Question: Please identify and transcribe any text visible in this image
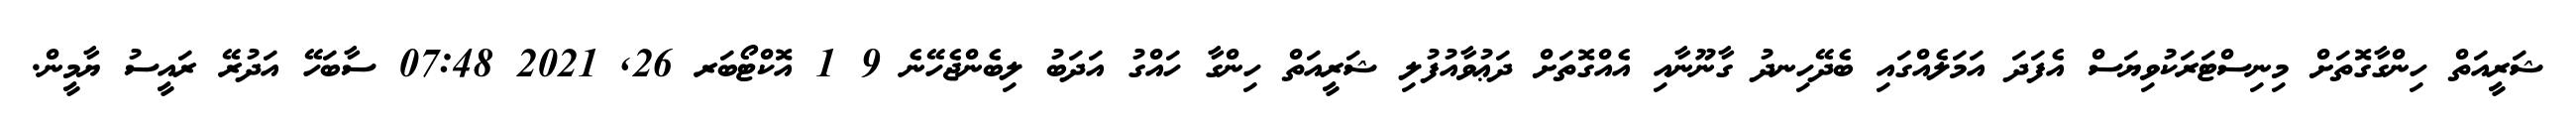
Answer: ޝަރީއަތް ހިންގާގޮތަށް މިނިސްޓަރަކުވިޔަސް އެފަދަ އަމަލެއްގައި ބެދޭހިނދު ގާނޫނާއި އެއްގޮތަށް ދަޢުވާއުފުލި ޝަރީއަތް ހިންގާ ހައްގު އަދަބު ލިބެންޖެހޭނެ 9 1 އޮކްޓޯބަރ 26, 2021 07:48 ސާބަހޭ އަދުރޭ ރައީސު ޔާމީން.